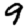
Digit: 9